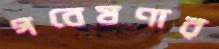
গবেষণার